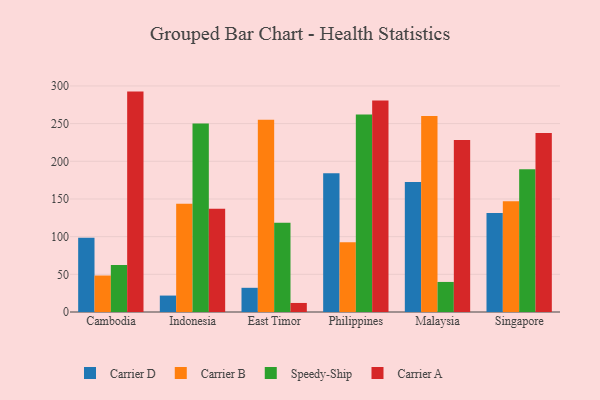
{"axis": {"x": "Country", "y": "Inventory Turnover"}, "legend": ["Carrier A", "Carrier B", "Carrier D", "Speedy-Ship"], "data": [{"x": "Cambodia", "y": 98.5, "type": "Carrier D"}, {"x": "Cambodia", "y": 48.4, "type": "Carrier B"}, {"x": "Cambodia", "y": 62.4, "type": "Speedy-Ship"}, {"x": "Cambodia", "y": 292.5, "type": "Carrier A"}, {"x": "Indonesia", "y": 21.8, "type": "Carrier D"}, {"x": "Indonesia", "y": 143.5, "type": "Carrier B"}, {"x": "Indonesia", "y": 250.1, "type": "Speedy-Ship"}, {"x": "Indonesia", "y": 136.9, "type": "Carrier A"}, {"x": "East Timor", "y": 32.1, "type": "Carrier D"}, {"x": "East Timor", "y": 255.2, "type": "Carrier B"}, {"x": "East Timor", "y": 118.5, "type": "Speedy-Ship"}, {"x": "East Timor", "y": 12.0, "type": "Carrier A"}, {"x": "Philippines", "y": 184.3, "type": "Carrier D"}, {"x": "Philippines", "y": 92.6, "type": "Carrier B"}, {"x": "Philippines", "y": 262.1, "type": "Speedy-Ship"}, {"x": "Philippines", "y": 280.6, "type": "Carrier A"}, {"x": "Malaysia", "y": 172.5, "type": "Carrier D"}, {"x": "Malaysia", "y": 260.1, "type": "Carrier B"}, {"x": "Malaysia", "y": 39.9, "type": "Speedy-Ship"}, {"x": "Malaysia", "y": 228.3, "type": "Carrier A"}, {"x": "Singapore", "y": 131.4, "type": "Carrier D"}, {"x": "Singapore", "y": 147.0, "type": "Carrier B"}, {"x": "Singapore", "y": 189.5, "type": "Speedy-Ship"}, {"x": "Singapore", "y": 237.4, "type": "Carrier A"}]}